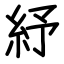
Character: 紓